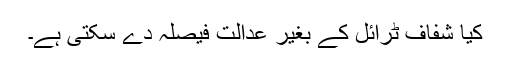
کیا شفاف ٹرائل کے بغیر عدالت فیصلہ دے سکتی ہے۔